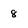
Character: 8